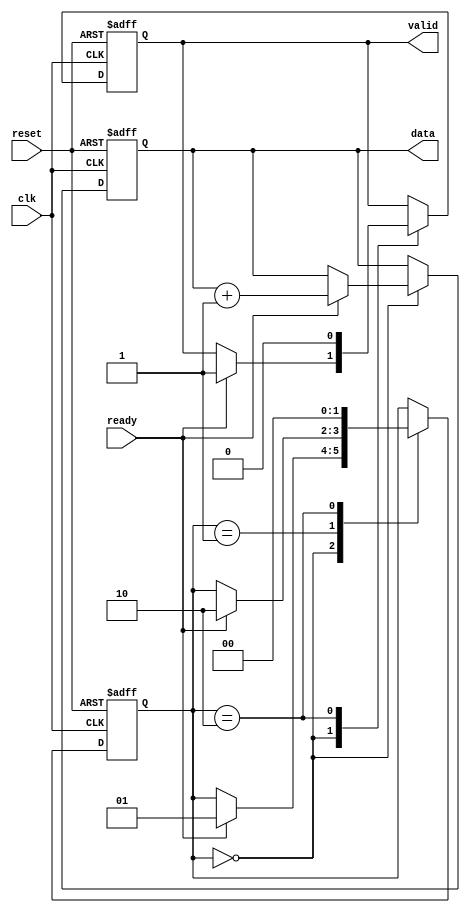
module producer (
    input wire clk,
    input wire reset,
    output reg valid,
    output reg [7:0] data, // 8-bit data bus
    input wire ready
);

    // State Management
    reg [1:0] state;
    localparam IDLE = 2'b00,
               DATA_READY = 2'b01,
               DATA_ACK = 2'b10;

    // Sequential logic for the producer
    always @(posedge clk or posedge reset) begin
        if (reset) begin
            state <= IDLE;
            valid <= 0;
            data <= 8'b0;
        end else begin
            case (state)
                IDLE: begin
                    // Wait for the consumer to be ready
                    if (ready) begin
                        // Generate new data
                        data <= data + 1; // Example data generation
                        valid <= 1;
                        state <= DATA_READY;
                    end
                end
                DATA_READY: begin
                    // Wait for acknowledgment from consumer
                    if (ready) begin
                        state <= DATA_ACK;
                    end
                end
                DATA_ACK: begin
                    // Deassert valid once data is acknowledged
                    valid <= 0;
                    state <= IDLE;
                end
            endcase
        end
    end
endmodule